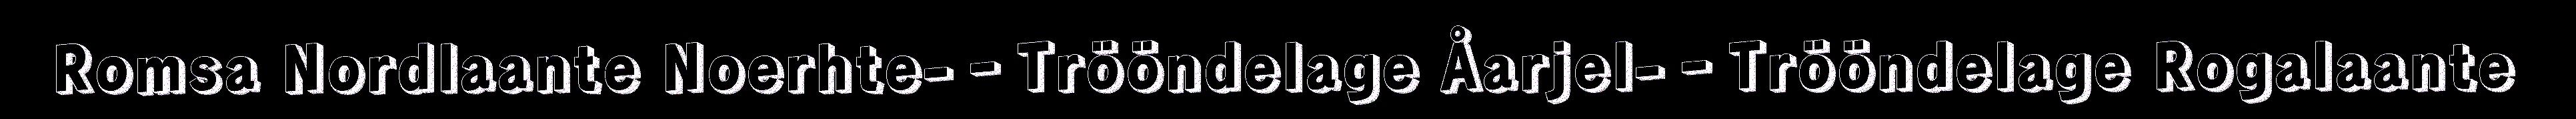
Romsa Nordlaante Noerhte-‐Trööndelage Åarjel-‐Trööndelage Rogalaante